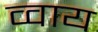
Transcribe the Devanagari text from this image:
व्वाय